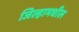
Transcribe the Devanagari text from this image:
जिल्हामधील